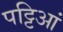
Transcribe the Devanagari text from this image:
पट्टिआं